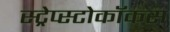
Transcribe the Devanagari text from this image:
स्ट्रेप्स्टोकॉकस